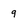
Character: 9